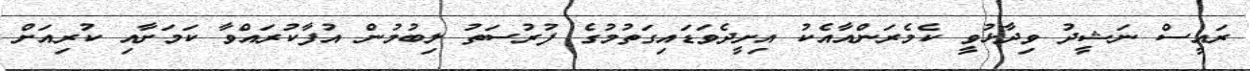
ރައީސް ނަޝީދު ވިދާޅުވީ ކެމެރަންއާއެކު އިށީދެވަޑައިގަތުމުގެ ފުރުސަތު ލިބުމުން އުފާކުރައްވާ ކަމަށާއި ކުރިއަށް